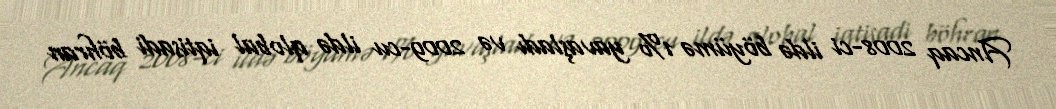
Ancaq 2008-ci ildə böyümə 1% yavaşladı və 2009-cu ildə qlobal iqtisadi böhran